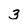
Character: 3